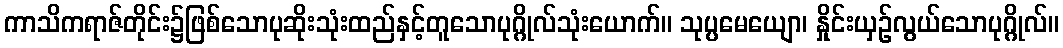
ကာသိကရာဇ်တိုင်း၌ဖြစ်သောပုဆိုးသုံးထည်နှင့်တူသောပုဂ္ဂိုလ်သုံးယောက်။ သုပ္ပမေယျော၊ နှိုင်းယှဉ်လွယ်သောပုဂ္ဂိုလ်။